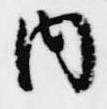
内